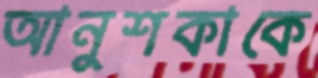
আনুশকাকে